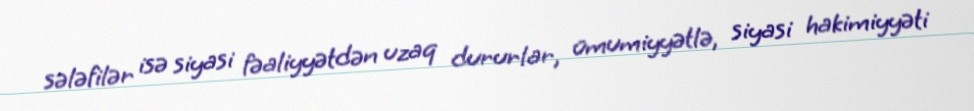
sələfilər isə siyasi fəaliyyətdən uzaq dururlar, ümumiyyətlə, siyasi hakimiyyəti